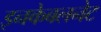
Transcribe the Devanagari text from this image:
इनकेबलनेट